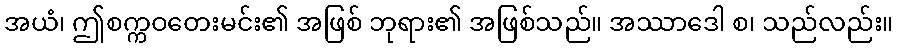
အယံ၊ ဤစက္ကဝတေးမင်း၏ အဖြစ် ဘုရား၏ အဖြစ်သည်။ အဿာဒေါ စ၊ သည်လည်း။